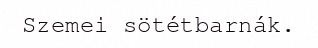
Szemei sötétbarnák.